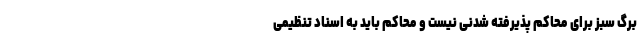
برگ سبز برای محاکم پذیرفته شدنی نیست و محاکم باید به اسناد تنظیمی